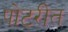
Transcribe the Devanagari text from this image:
पोटरीत